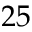
2 5